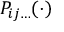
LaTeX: \ P _ { i j \ldots } ( \cdot )